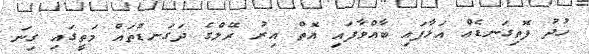
ހުދު ފޮތިގަނޑެއް އަޅާފައި ބާއްވާފައި އޮތް އިރު ރޭލްގެ ދަގަނޑުތައް މަތީގައި ގިނަ